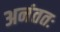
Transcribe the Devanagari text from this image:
अनंततः